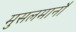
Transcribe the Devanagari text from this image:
मुसलमानौं